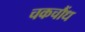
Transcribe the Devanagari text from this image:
चकचौंध